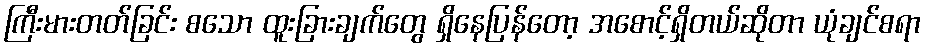
ကြီးမားတတ်ခြင်း စသော ထူးခြားချက်တွေ ရှိနေပြန်တော့ အစောင့်ရှိတယ်ဆိုတာ ယုံချင်စရာ